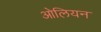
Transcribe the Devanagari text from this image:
ओलियन